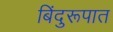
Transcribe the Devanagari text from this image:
बिंदुरूपात